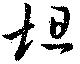
坦